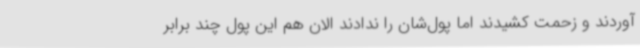
آوردند و زحمت کشیدند اما پول‌شان را ندادند الان هم این پول چند برابر